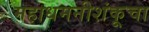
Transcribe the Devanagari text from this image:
महाधमनीशंकूचा